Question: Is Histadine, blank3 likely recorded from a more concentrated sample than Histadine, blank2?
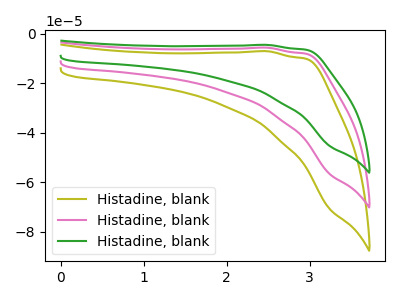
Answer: <think>The olive curve "Histadine, blank1" has no peaks. The pink curve "Histadine, blank2" has no peaks. The green curve "Histadine, blank3" has no peaks.
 Neither "Histadine, blank3" or "Histadine, blank2" have any peaks.</think>
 <answer>I cant tell if "Histadine, blank3" or "Histadine, blank2" has more signal.</answer>
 <eval>mixed_signal</eval>